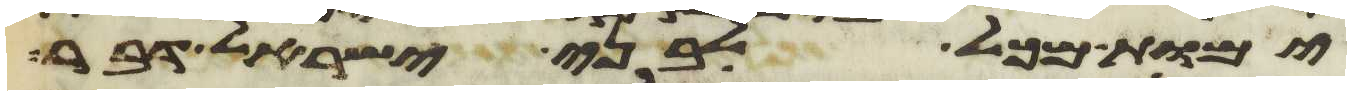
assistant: ימות מכל לבני ישראל דבר